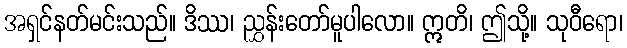
အရှင်နတ်မင်းသည်။ ဒိဿ၊ ညွှန်းတော်မူပါလော။ ဣတိ၊ ဤသို့။ သုဝီရော၊